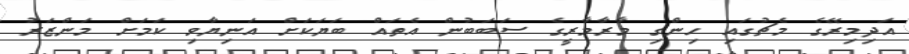
އަދިމިރޭގެ މެޗުގައި ހިންގި މާރާމާރީގެ ސަބަބުން އެތައް ބަޔަކަށް އަނިޔާވި ކަމަށް މަންޒަރު